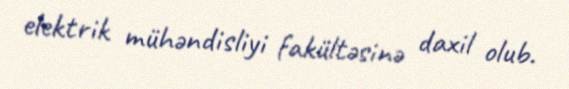
elektrik mühəndisliyi fakültəsinə daxil olub.